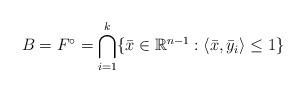
LaTeX: \begin{align*}B=F^{\circ}=\bigcap_{i=1}^k \{\bar{x}\in\mathbb{R}^{n-1}: \langle\bar{x},\bar{y}_i\rangle\leq 1\}\end{align*}